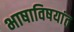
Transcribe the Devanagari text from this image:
भाषाविषयांत